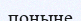
поныне